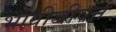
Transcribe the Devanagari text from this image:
भावीजीवन